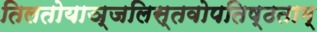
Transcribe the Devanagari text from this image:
तिलतोयाञ्जलिस्तवोपतिष्ठताम्